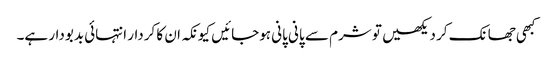
کبھی جھانک کر دیکھیں تو شرم سے پانی پانی ہوجائیں کیونکہ ان کا کردار انتہائی بدبودار ہے۔